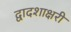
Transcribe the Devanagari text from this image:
द्वादशाक्षरी